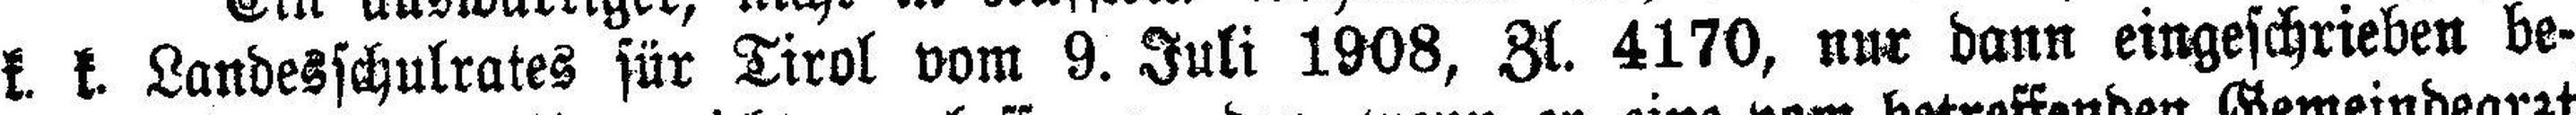
k. k. Landesschulrates für Tirol vom 9. Juli 1908, Zl. 4170, nur dann eingeschrieben be¬